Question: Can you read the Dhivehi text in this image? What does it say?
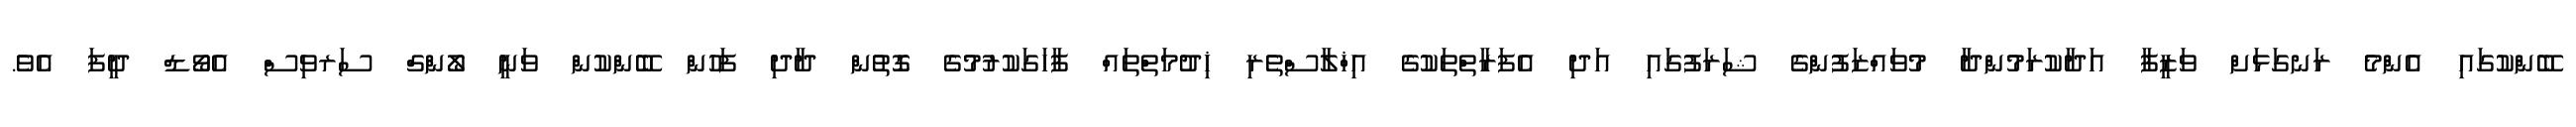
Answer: ބޭންކުގައި އެންމެ ރަނގަޅަށް ވަޒީފާ އަދާކުރަމުންދާ މުވައްޒަފުންގެ ޝަރަފުގައި އަދި އެފަރާތްތަކުގެ އިޚްލާސްތެރި ޚިދުމަތްތައް ފާހަގަކުރުމުގެ ގޮތުން ދާދި ފަހުން ބޭންކުން ވަނީ ލޯންގް ސަރވިސް އެވޯޑް ދީފަ އެވެ.